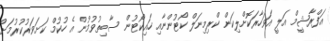
އަފްރާޝީމް އަލީ އަވަހާރަކޮށްލިކަން ކްރިމިނަލް ކޯޓުންނާއި ހައިކޯޓުން ސާބިތުވުމުން އެ ހުކުމް ކަށަވަރުކުރުމަށް